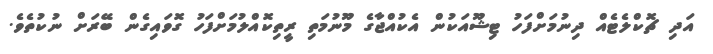
އަދި ޗޮކްލެޓެއް ދިނުމަށްފަހު ޓިޝޫއަކުން އެކުއްޖާގެ މޫނުމަތި ރީތިކޮއްލުމަށްފަހު ގޮވައިގެން ބޭރަށް ނުކުތެވެ.